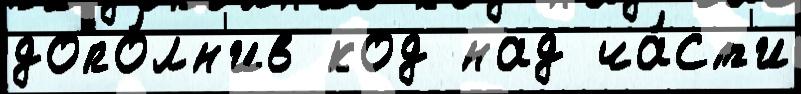
допо́лн'ив код над ча́ст'и